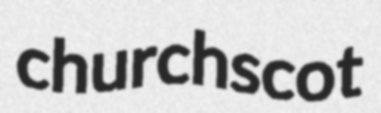
churchscot